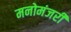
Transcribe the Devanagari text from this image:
मनोमंजरी